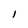
Character: 1